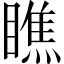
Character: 瞧